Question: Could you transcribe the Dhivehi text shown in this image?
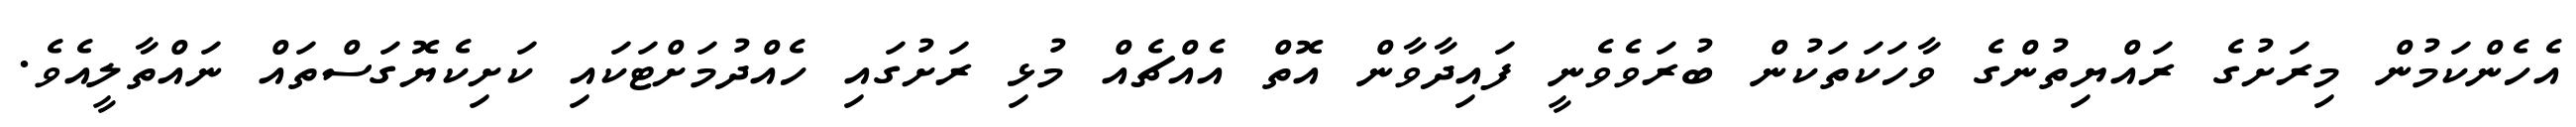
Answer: އެހެންކަމުން މިރަށުގެ ރައްޔިތުންގެ ވާހަކަތަކުން ބުރަވެވެނީ ފައިދާވާން އޮތް އެއްޗެއް މުޅި ރަށުގައި ހެއްދުމަށްޓަކައި ކަށިކެޔޮގަސްތައް ނައްތާލީއެވެ.